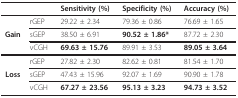
<table><thead><tr><td colspan="2"></td><td><b>Sensitivity (%)</b></td><td><b>Specificity (%)</b></td><td><b>Accuracy (%)</b></td></tr></thead><tbody><tr><td></td><td>rGEP</td><td>29.22 ± 2.34</td><td>79.36 ± 0.86</td><td>76.69 ± 1.65</td></tr><tr><td><b>Gain</b></td><td>sGEP</td><td>38.50 ± 6.91</td><td><b>90.52 ± 1.86*</b></td><td>87.72 ± 2.30</td></tr><tr><td></td><td>vCGH</td><td><b>69.63 ± 15.76</b></td><td>89.91 ± 3.53</td><td><b>89.05 ± 3.64</b></td></tr><tr><td></td><td>rGEP</td><td>27.82 ± 2.30</td><td>82.62 ± 0.81</td><td>81.54 ± 1.70</td></tr><tr><td><b>Loss</b></td><td>sGEP</td><td>47.43 ± 15.96</td><td>92.07 ± 1.69</td><td>90.90 ± 1.78</td></tr><tr><td></td><td>vCGH</td><td><b>67.27 ± 23.56</b></td><td><b>95.13 ± 3.23</b></td><td><b>94.73 ± 3.52</b></td></tr></tbody></table>